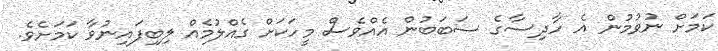
ކަމަށް ނުވުމުން އެ ހާދިސާގެ ސަބަބުން އެއްވެސް މީހަކަށް ގެއްލުމެއް ލިބިފައިނުވާ ކަމަށެވެ.